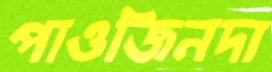
পাওজিনদা